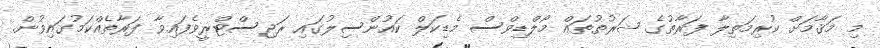
މި މަޤާމަށް ކުރިމަތިލާ ފަރާތުގެ ޝަރުތުތައް މޯލްޑިވްސް މެޑިކަލް ކައުންސިލުގައި ރަޖިސްޓްރީވެފައިވާ ފަރާތެއްކަމުގައިވުން.